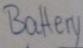
Text: Battery